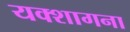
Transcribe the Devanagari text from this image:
यक्शागना